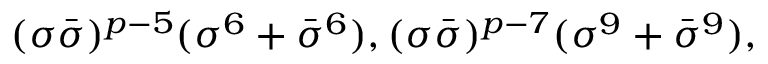
( \sigma \bar { \sigma } ) ^ { p - 5 } ( \sigma ^ { 6 } + \bar { \sigma } ^ { 6 } ) , ( \sigma \bar { \sigma } ) ^ { p - 7 } ( \sigma ^ { 9 } + \bar { \sigma } ^ { 9 } ) ,